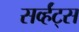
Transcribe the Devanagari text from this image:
सर्व्हंट्स